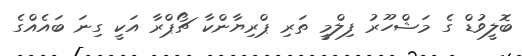
ބޮލީވުޑް ގެ މަޝްހޫރު ފިލްމީ ތަރި ޕްރިޔާންކާ ޗޯޕްރާ އަކީ ގިނަ ބައެއްގެ